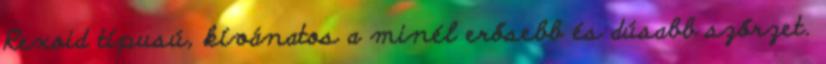
Rexoid típusú, kívánatos a minél erősebb és dúsabb szőrzet.